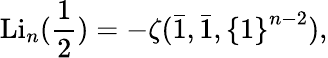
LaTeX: \operatorname{Li}_{n}({\frac{1}{2}})=-\zeta({\bar{1}},{\bar{1}},\left\{ 1\right\} ^{n-2}),